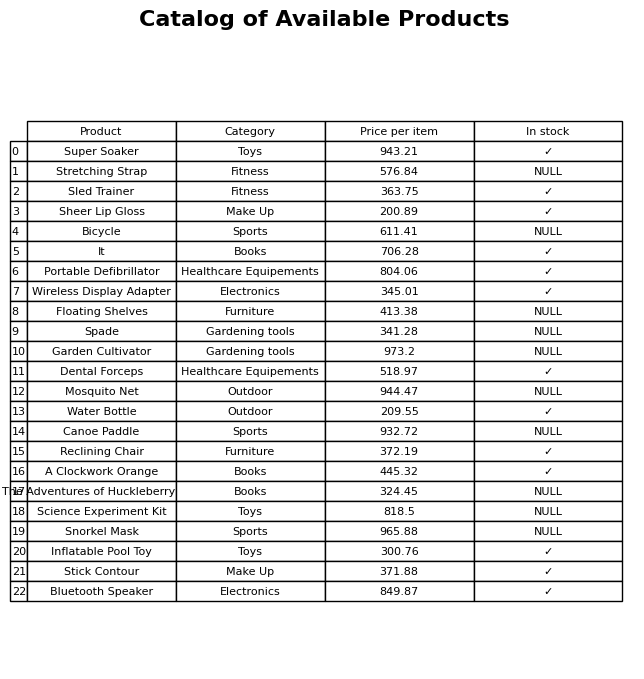
question: What category does the Super Soaker belong to?
answer: Toys